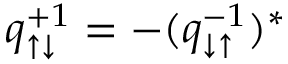
q _ { \uparrow \downarrow } ^ { + 1 } = - ( q _ { \downarrow \uparrow } ^ { - 1 } ) ^ { * }